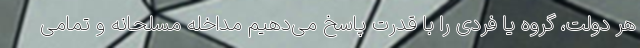
هر دولت، گروه یا فردی را با قدرت پاسخ می‌دهیم مداخله مسلحانه و تمامی